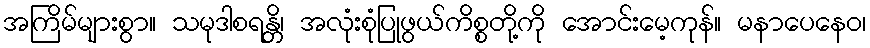
အကြိမ်များစွာ။ သမုဒါစရန္တိ၊ အလုံးစုံပြုဖွယ်ကိစ္စတို့ကို အောင်းမေ့ကုန်။ မနာပေနေဝ၊